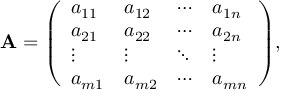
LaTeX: \mathbf { A } = { \left( \begin{array} { l l l l } { a _ { 1 1 } } & { a _ { 1 2 } } & { \cdots } & { a _ { 1 n } } \\ { a _ { 2 1 } } & { a _ { 2 2 } } & { \cdots } & { a _ { 2 n } } \\ { \vdots } & { \vdots } & { \ddots } & { \vdots } \\ { a _ { m 1 } } & { a _ { m 2 } } & { \cdots } & { a _ { m n } } \end{array} \right) } ,